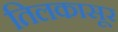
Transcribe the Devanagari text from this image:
तिलकासूर